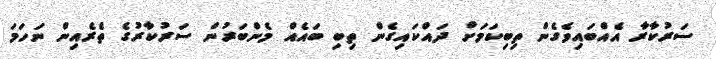
ސަރުކާރާ އެއްބައިވެގެން ތިބިކަމަށް ދައްކައިގެން ތިބި ބައެއް މެންބަރުން ސަރުކާރުގެ ތެރެއިން ނަހަމަ